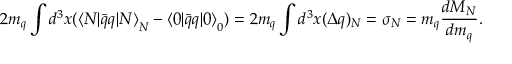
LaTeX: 2 m _ { q } \int d ^ { 3 } x ( { \langle N | \bar { q } q | N \rangle } _ { N } - { \langle 0 | \bar { q } q | 0 \rangle } _ { 0 } ) = 2 m _ { q } \int d ^ { 3 } x ( \Delta q ) _ { N } = \sigma _ { N } = m _ { q } { \frac { d { M _ { N } } } { d m _ { q } } } .